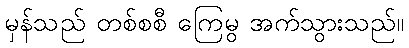
မှန်သည် တစ်စစီ ကြေမွ အက်သွားသည်။